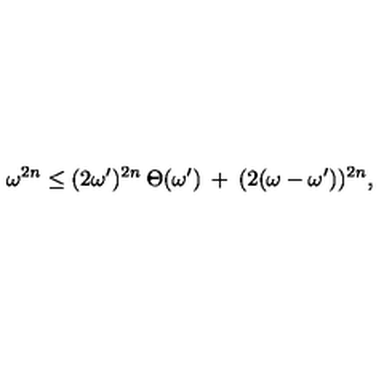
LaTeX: \omega ^ { 2 n } \leq ( 2 \omega ^ { \prime } ) ^ { 2 n } \: \Theta ( \omega ^ { \prime } ) \: + \: ( 2 ( \omega - \omega ^ { \prime } ) ) ^ { 2 n } ,